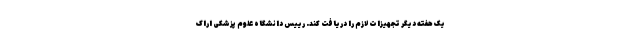
یک هفته دیگر تجهیزات لازم را دریافت کند. رییس دانشگاه علوم پزشکی اراک